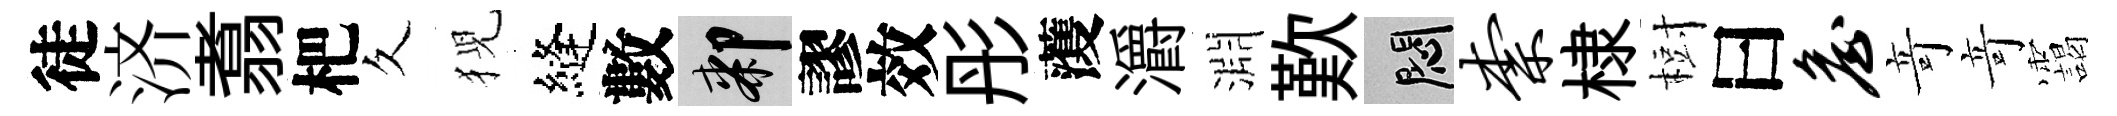
徒济翥杷久猊縫數膝謬效彤𮑮灂淵歎悶柰棣𣗳曰詹竒竒靄